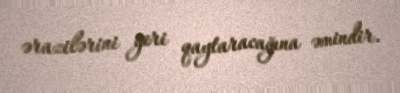
ərazilərini geri qaytaracağına əmindir.